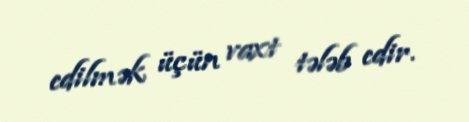
edilmək üçün vaxt tələb edir.